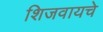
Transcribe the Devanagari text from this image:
शिजवायचे